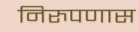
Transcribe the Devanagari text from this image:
निरुपणास